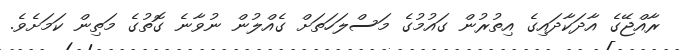
ރާއްޖޭގެ އާދަކާދައިގެ އިތުރުން ގައުމުގެ މަސްލަހަތަށް ގެއްލުން ނުވާނެ ގޮތުގެ މަތިން ކަމަށެވެ.